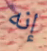
إنه